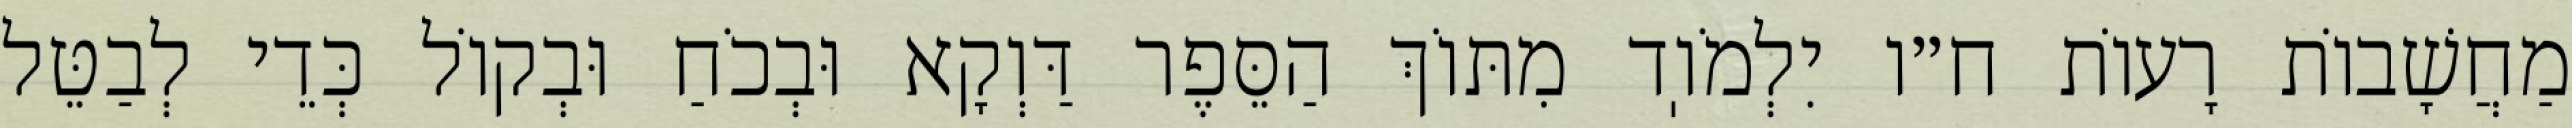
מַחֲשָׁבוֹת רָעוֹת ח״ו יִלְמֹוֽד מִתּוֹךְ הַסֵּפֶר דַּוְקָא וּבְכֹחַ וּבְקוֹל כְּדֵי לְבַטֵּל